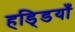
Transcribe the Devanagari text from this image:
हडि्डयाँ